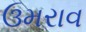
ઉમરાવ